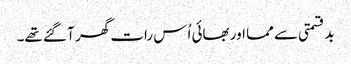
بدقسمتی سے مما اور بھائی اُس رات گھر آ گئے تھے۔